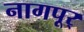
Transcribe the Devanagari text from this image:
नागपूर्